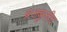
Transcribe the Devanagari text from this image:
ब्रजबुलीद